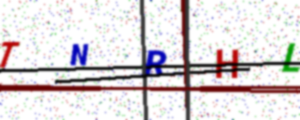
Text: TNRHL